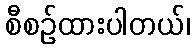
စီစဉ်ထားပါတယ်၊